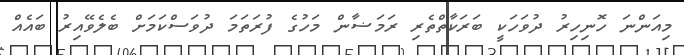
މިއަންނަ ހޮނިހިރު ދުވަހަކީ ބަރަކާތްތެރި ރަމަޟާން މަހުގެ ފުރަތަމަ ދުވަސްކަމަށް ބެލެވޭއިރު ބައެއް